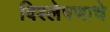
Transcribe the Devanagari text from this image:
विश्‍लेषणाचे